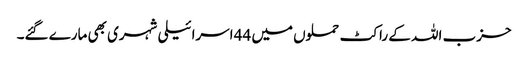
حزب اللہ کے راکٹ حملوں میں 44 اسرائیلی شہری بھی مارے گئے۔